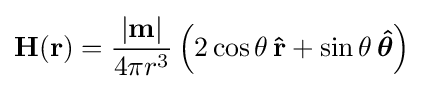
\mathbf {H} ({\mathbf {r} })={\frac {|\mathbf {m} |}{4\pi r^{3}}}\left(2\cos \theta \,\mathbf {\hat {r}} +\sin \theta \,{\boldsymbol {\hat {\theta }}}\right)